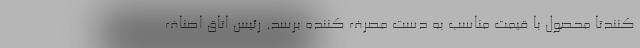
کنندتا محصول با قیمت مناسب به دست مصرف کننده برسد. رئیس اتاق اصناف